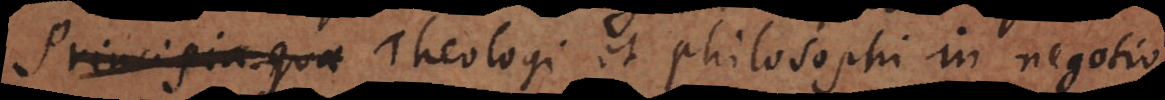
quae Theologi et philosophi in negotio